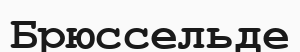
Брюссельде